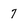
Character: 7